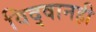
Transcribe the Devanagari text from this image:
विद्वानही